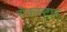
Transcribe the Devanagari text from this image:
रॉकस्‍टार